Treatise on elephants
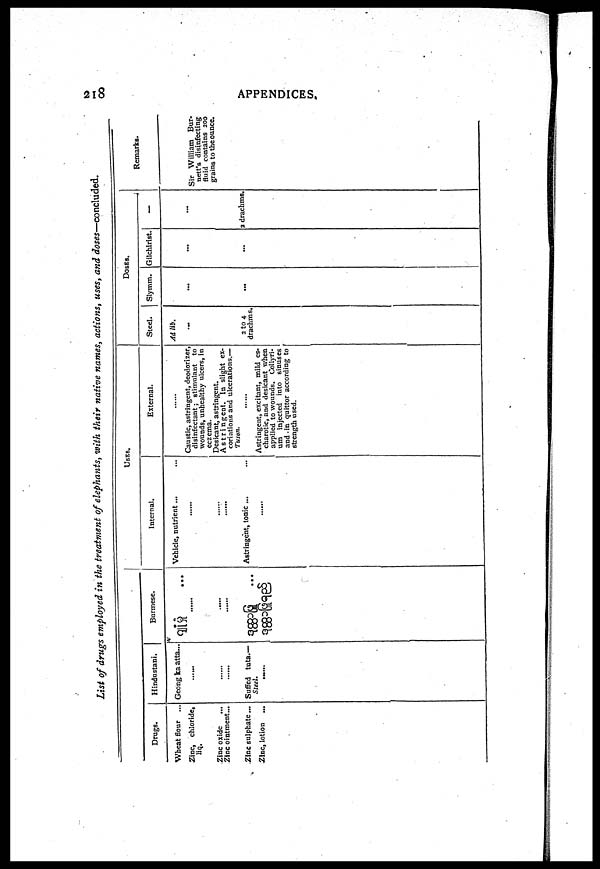
218
APPENDICES,
List of drugs employed in the treatment of elephants, with their native names, actions, uses, and doses—concluded.
Drugs.
Wheat flour ...
liq.
Zinc oxide
...
Zinc ointment...
Zinc sulphate...
Zinc, lotion ...
Hindustani.
Geong ka atta...
......
......
......
Suffed tuta.—
Steel.
Burmese.
......
......
......
...
USES.
Internal.
Vehicle, nutrient...
......
......
......
Astringent, tonic ... ...
.......
External.
Caustic, astringent, deodorizer,
disinfectant; stimulant to
wounds, unhealthy ulcers, in
eczema.
Desicant, astringent.
Astringent. In slight ex-
coriations and ulcerations.—
Tuson.
......
Astringent, excitant, mild es-
charotic, and desicant when
applied to wounds. Collyri-
um injected into sinuses
and-in quittor according to
strength used.
Doses.
Steel.
Ad. lib.
...
2 to 4
drachms.
Slymm.
...
...
Gilchirist.
...
...
––
...
2 drachms.
Remarks.
Sir William Bur-
nett's disinfecting
fluid contains 200
grains to the ounce.